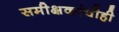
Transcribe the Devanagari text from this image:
समीक्षकांचीही